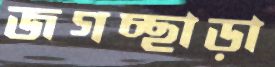
জগচ্ছাড়া